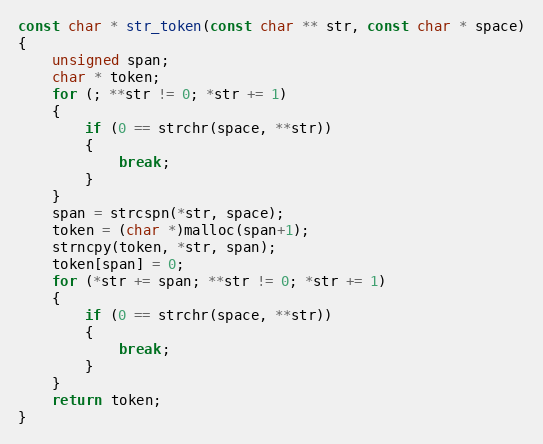
Language: C
const char * str_token(const char ** str, const char * space)
{
    unsigned span;
    char * token;
    for (; **str != 0; *str += 1)
    {
        if (0 == strchr(space, **str))
        {
            break;
        }
    }
    span = strcspn(*str, space);
    token = (char *)malloc(span+1);
    strncpy(token, *str, span);
    token[span] = 0;
    for (*str += span; **str != 0; *str += 1)
    {
        if (0 == strchr(space, **str))
        {
            break;
        }
    }
    return token;
}